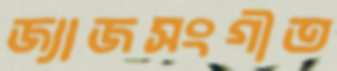
জ্যাজসংগীত